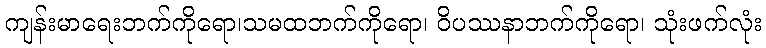
ကျန်းမာရေးဘက်ကိုရော၊သမထဘက်ကိုရော၊ ဝိပဿနာဘက်ကိုရော၊ သုံးဖက်လုံး